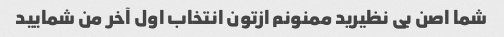
شما اصن بی نظیرید ممنونم ازتون انتخاب اول آخر من شمایید